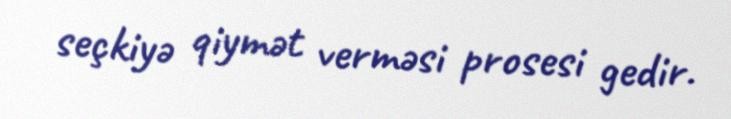
seçkiyə qiymət verməsi prosesi gedir.